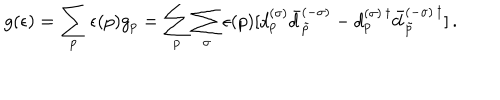
LaTeX: g ( \epsilon ) = \sum _ { p } \epsilon ( p ) g _ { p } = \sum _ { p } \sum _ { \sigma } \epsilon ( p ) [ d _ { p } ^ { ( \sigma ) } \bar { d } _ { \tilde { p } } ^ { ( - \sigma ) } - d _ { p } ^ { ( \sigma ) \, \dagger } \bar { d } _ { \tilde { p } } ^ { ( - \sigma ) \, \dagger } ] \, { . }